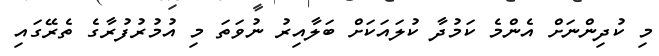
މި ކުދިންނަށް އެންމެ ކަމުދާ ކުލައަކަށް ބަލާއިރު ނުވަތަ މި އުމުރުފުރާގެ ތެރޭގަައި